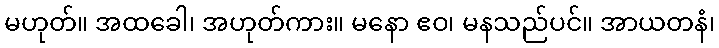
မဟုတ်။ အထခေါ၊ အဟုတ်ကား။ မနော ဧဝ၊ မနသည်ပင်။ အာယတနံ၊